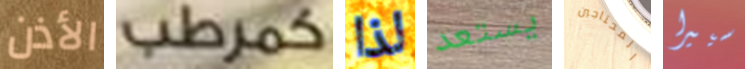
الأذن كمرطب لذا يستعد المحتاجين سييرا